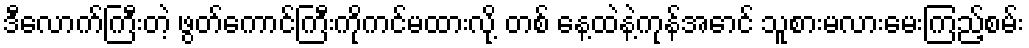
ဒီလောက်ကြီးတဲ့ ဖွတ်ကောင်ကြီးကိုကင်မထားလို့ တစ် နေ့ထဲနဲ့ကုန်အောင် သူစားမလားမေးကြည့်စမ်း